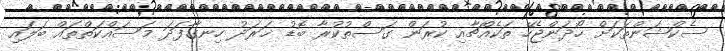
ސެކްޝަންތަކަށް ހޯދަންޖެހޭ ތަކެއްޗާއި ކުރަން ގަސްތުކުރާ ބޮޑު ޚަރަދު ހިނގާފަދަ މަސައްކަތްތައް ބަލައި